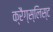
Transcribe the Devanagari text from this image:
क्रैग्स्लिस्ट